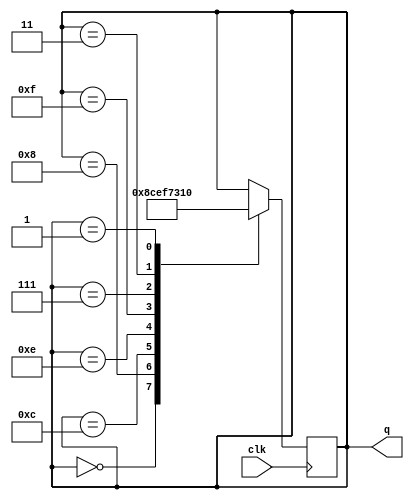
module johnson(
    input clk,
    output reg[0:3]q=4'b0000
    );

    always @(posedge clk)
    begin
        case(q)
            4'b0000:q=4'b1000;
            4'b1000:q=4'b1100;
            4'b1100:q=4'b1110;
            4'b1110:q=4'b1111;
            4'b1111:q=4'b0111;
            4'b0111:q=4'b0011;
            4'b0011:q=4'b0001;
            4'b0001:q=4'b0000;
        endcase
    end
    
endmodule